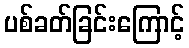
ပစ်ခတ်ခြင်းကြောင့်